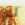
لم